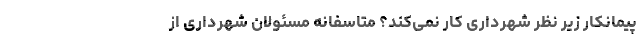
پیمانکار زیر نظر شهرداری کار نمی‌کند؟ متاسفانه مسئولان شهرداری از